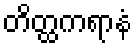
တိတ္ထကရာနံ